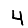
Digit: 4